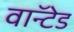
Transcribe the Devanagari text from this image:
वाॅन्टेड